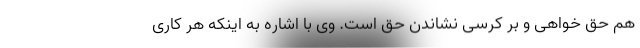
هم حق خواهی و بر کرسی نشاندن حق است. وی با اشاره به اینکه هر کاری